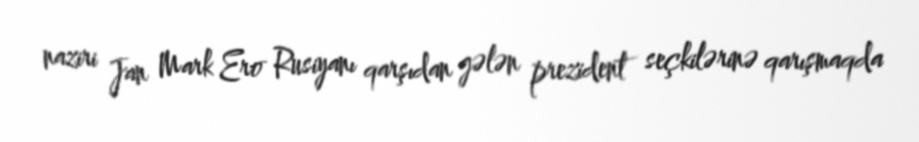
naziri Jan Mark Ero Rusiyanı qarşıdan gələn prezident seçkilərinə qarışmaqda